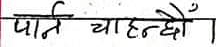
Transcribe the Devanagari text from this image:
पनि चाहन्छौं।